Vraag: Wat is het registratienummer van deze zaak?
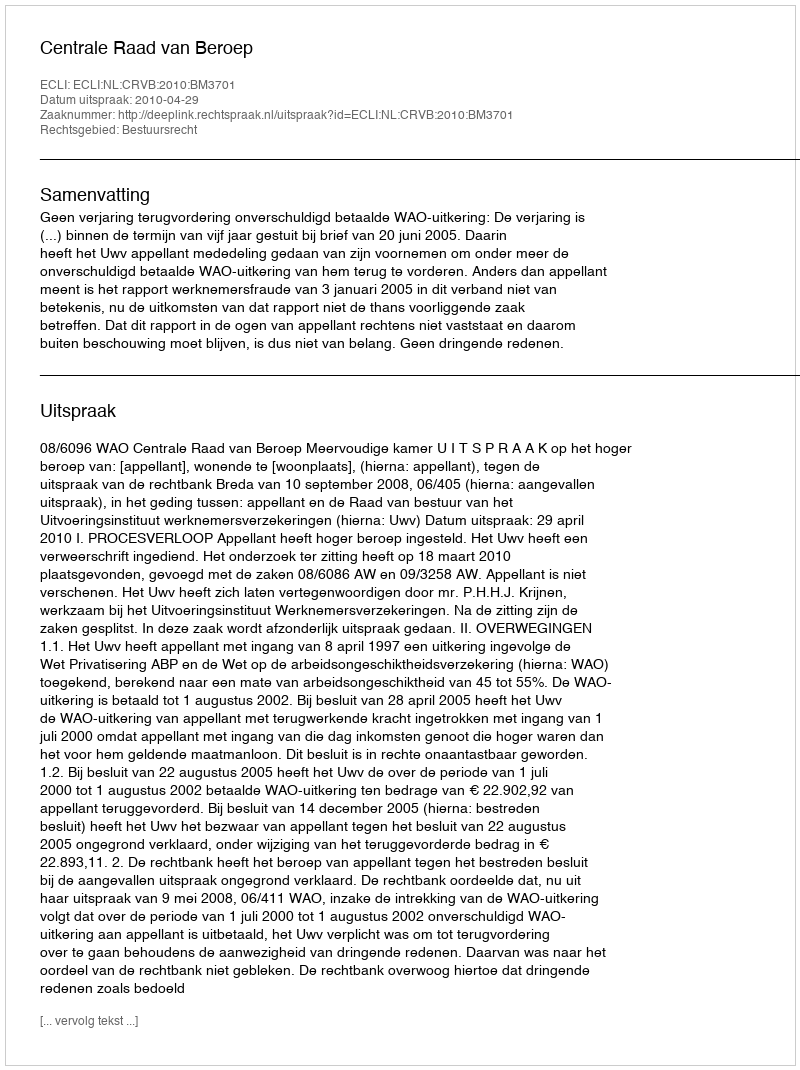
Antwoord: http://deeplink.rechtspraak.nl/uitspraak?id=ECLI:NL:CRVB:2010:BM3701